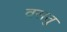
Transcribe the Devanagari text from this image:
वसतु